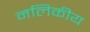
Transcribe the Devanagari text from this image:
नलिकीय